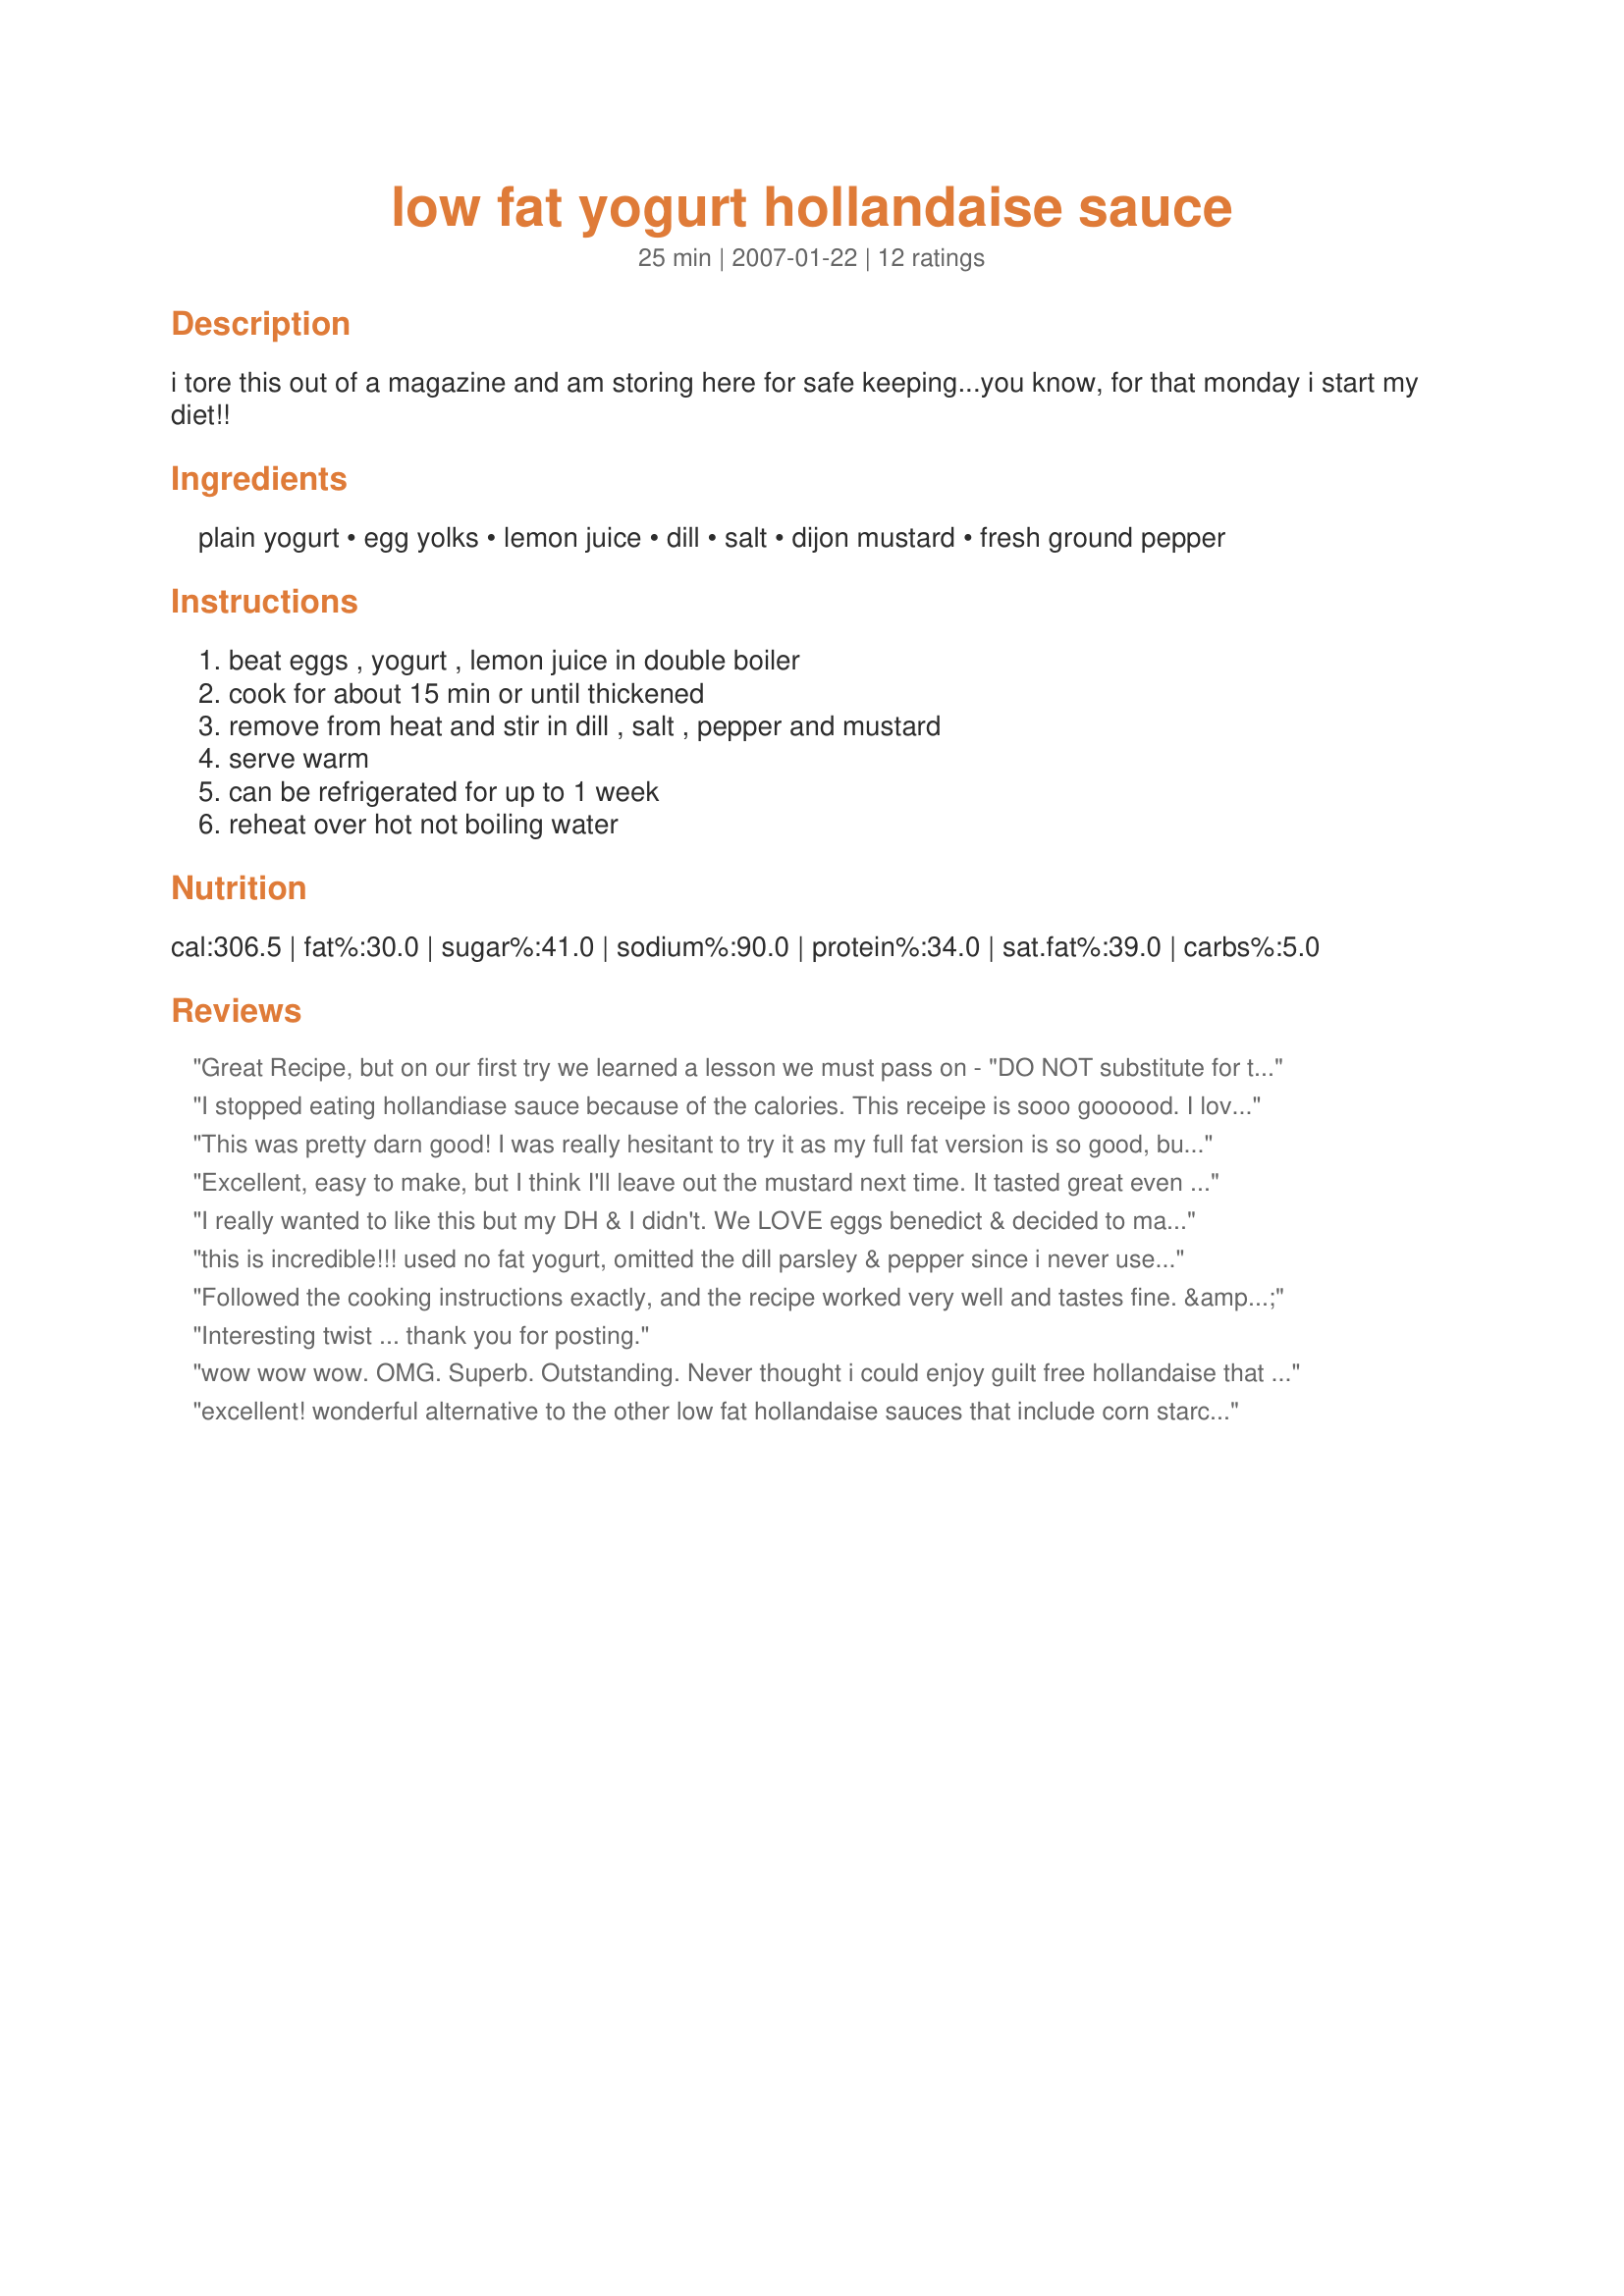
low fat yogurt hollandaise sauce
Preparation time: 25 minutes

i tore this out of a magazine and am storing here for safe keeping...you know, for that monday i start my diet!!

Ingredients:
plain yogurt, egg yolks, lemon juice, dill, salt, dijon mustard, fresh ground pepper

Steps:
beat eggs , yogurt , lemon juice in double boiler, cook for about 15 min or until thickened, remove from heat and stir in dill , salt , pepper and mustard, serve warm, can be refrigerated for up to 1 week, reheat over hot not boiling water

Reviews:
Great Recipe, but on our first try we learned a lesson we must pass on - "DO NOT substitute for the yolks!" We tried using Egg substitute and though the sauce did come out OK, when we put the sauce on our eggs benedict and the first yolk was broken, the real flavor came out which was missing. Thanks for sharing~!
I stopped eating hollandiase sauce because of the calories. This receipe is sooo goooood. I love it. I've made it several times and used it to top steamed veggies and eggs. Thanks for sharing.
This was pretty darn good! I was really hesitant to try it as my full fat version is so good, but I have to say, this is really good too, and now I can have my hollandaise anytime. I omitted the dill and added a good dash of cayenne pepper. I also used fat free yogurt and I don't think it was bitter at all. Can't wait to try it on the family. Thanks!
Excellent, easy to make, but I think I'll leave out the mustard next time. It tasted great even before I put it in, just like a regular hollandaise, and the mustard overwhelmed it a bit. Still, I just finished it, the cabbage rolls I'll be pouring it over are in the oven, and I can't wait until they come out so I can pour the sauce over them and eat them! A winner, staying in my repertoire.

Note, though, that this makes a very small amount of sauce so you may want to double it for any more than two people.
I really wanted to like this but my DH & I didn't. We LOVE eggs benedict & decided to make it for Valentine's Day b-fast and were very disappointed. The yogurt gives it a funny bitter flavor and we will not be making it again. Sorry
this is incredible!!! used no fat yogurt, omitted the dill parsley & pepper since i never use it in original recipe and lowered the salt. it has the perfect balance of tart that i have come to expect in hollandaise. i need look no further, this is it!
Followed the cooking instructions exactly, and the recipe worked very well and tastes fine. &lt;br/&gt;&lt;br/&gt;The finished sauce looks perfect, but doesn&#039;t have the same mouthfeel as real hollandaise for obvious reasons. It does taste surprisingly good despite that, so as others have said it is a less guilty option. Without all that fat to carry them, you do need to be a little heavier handed with the spices/flavourings than the real version. From that perspective, I chose to omit the lemon juice and used microplaned zest instead - it is tart enough for me from the yoghurt. &lt;br/&gt;&lt;br/&gt;NB I often use a traditional egg and yoghurt mix to top moussaka instead of bechamel, there as here the flavour of the plain yoghurt is critical for the recipe to turn out well. Using the mildest tasting yoghurt you can get is key, anything too tangy becomes unpleasantly acidic when cooked down.
Interesting twist ... thank you for posting.
wow wow wow. OMG. Superb. Outstanding. Never thought i could enjoy guilt free hollandaise that tastes like hollandaise. Better than many i have had of the traditional!

I am on a low fat diet, and needed this for an egg recipe. 

Not only does it taste outstanding, it is simple as pie to make and there is not the same curdle issue as in traditional ones. I made it even lower fat by using non fat yogurt.

My only regret is that i cut the recipe into a 1/3 :) I want more. I did use some extra lemon juice since i adore the lemon flavor of hollandaise.
excellent! wonderful alternative to the other low fat hollandaise sauces that include corn starch. a bit runny and tangy. I modified it to my tastes--i love a bit of mustard and spiciness in my hollandaise.
Used:
2/3 c low fat plain yogurt
2 large egg yolks
2 T lemon juice
1/4 tsp salt
1/4 tsp dry mustard (more/less to taste)
1/4 tsp cayenne (more/less to taste)
and combined all the ingredients at once. cooked on double boiler about 10 min
Dear cookalot, This is a very tasty sauce, it is wonderful over roasted or grilled asparagus. Thanks for posting this. Melody
Sorry, did not care for this. Too yogurt. Thanks
